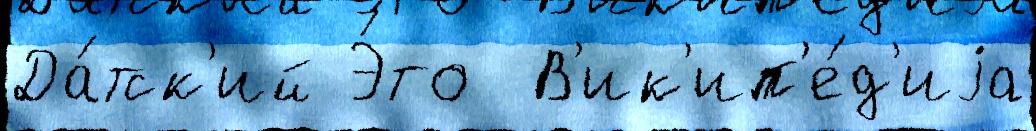
Да́тск'ий Э́то  В'ик'ип'е́д'иjа